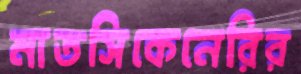
মাতসিকেনেরির